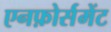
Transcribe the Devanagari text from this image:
एनफ़ोर्समेंट